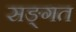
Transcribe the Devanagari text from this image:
सङ्गत